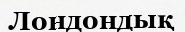
Лондондық